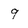
Character: 9